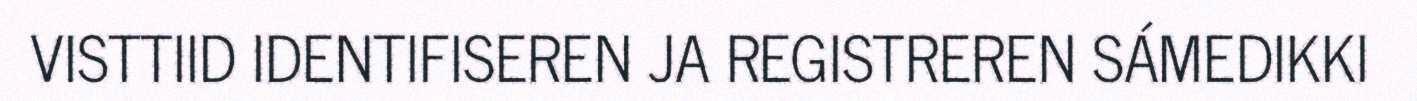
VISTTIID IDENTIFISEREN JA REGISTREREN SÁMEDIKKI